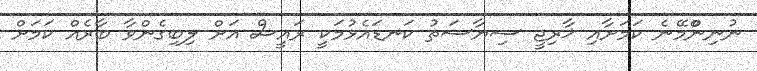
ނުނިންްމޭނެ ކަމަށާއި ޚާރިޖީ ސިޔާސަތު ކަނޑައެޅުމަކީ ރައީސް އަށް ލިބިގެންވާ ބާރެއް ކަމަށް